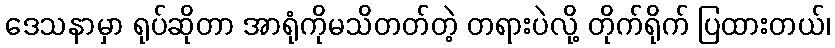
ဒေသနာမှာ ရုပ်ဆိုတာ အာရုံကိုမသိတတ်တဲ့ တရားပဲလို့ တိုက်ရိုက် ပြထားတယ်၊